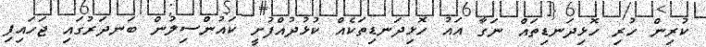
ކުރިން ހުރި ހޮޅިދަނޑިތައް ނަގާ އައު ހޮޅިދަނޑިތަކެއް ކުޅުދުއްފުށީ ކައުންސިލުން ބަނދަރުގައި ޖަހައިފި